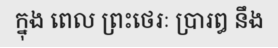
ក្នុង ពេល ព្រះថេរៈ ប្រារឰ នឹង